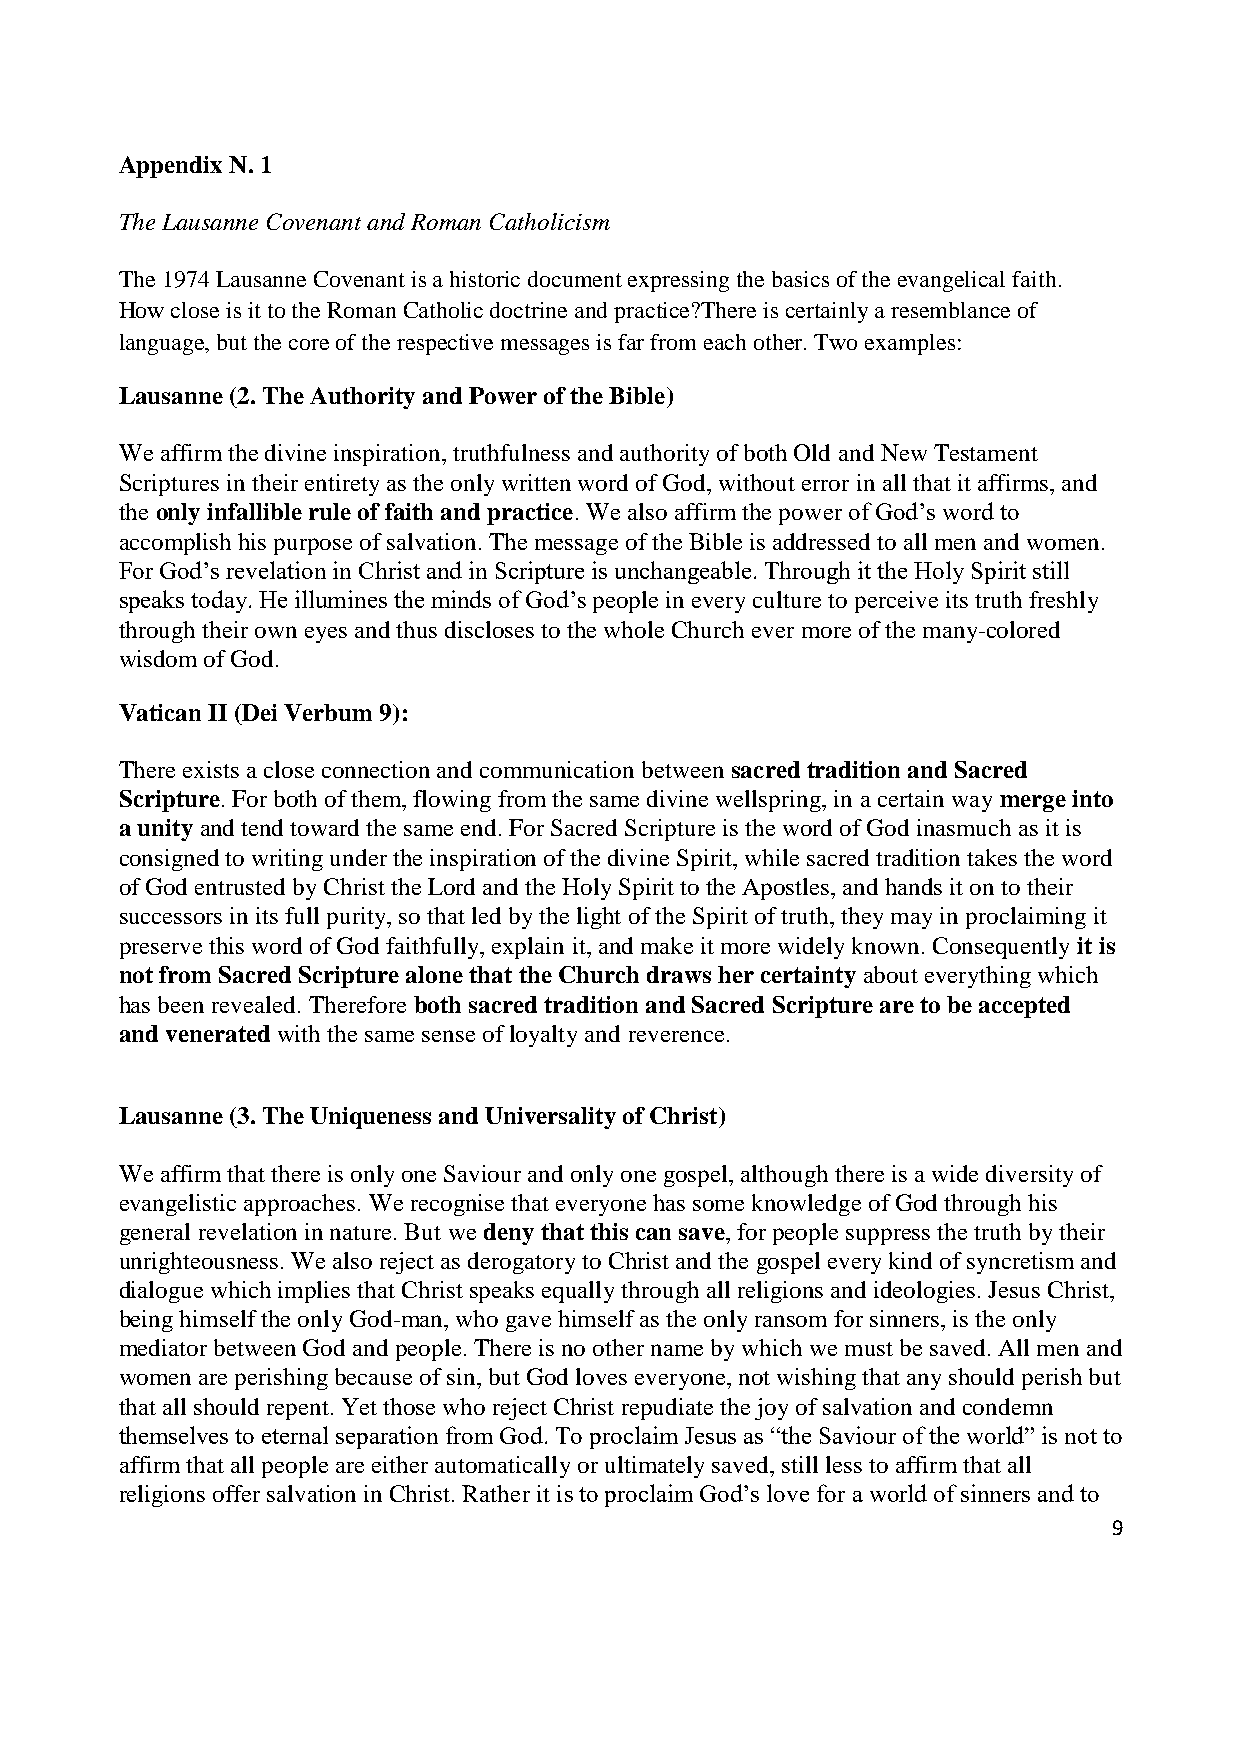
Appendix N. 1
 The Lausanne Covenant and Roman Catholicism
 The 1974 Lausanne Covenant is a historic document expressing the basics of the evangelical faith.
 How close is it to the Roman Catholic doctrine and practice?There is certainly a resemblance of
 language, but the core of the respective messages is far from each other. Two examples:
 Lausanne (2. The Authority and Power of the Bible)
 We affirm the divine inspiration, truthfulness and authority of both Old and New Testament
 Scriptures in their entirety as the only written word of God, without error in all that it affirms, and
 the only infallible rule of faith and practice. We also affirm the power of God’s word to
 accomplish his purpose of salvation. The message of the Bible is addressed to all men and women.
 For God’s revelation in Christ and in Scripture is unchangeable. Through it the Holy Spirit still
 speaks today. He illumines the minds of God’s people in every culture to perceive its truth freshly
 through their own eyes and thus discloses to the whole Church ever more of the many-colored
 wisdom of God.
 Vatican II (Dei Verbum 9):
 There exists a close connection and communication between sacred tradition and Sacred
 Scripture. For both of them, flowing from the same divine wellspring, in a certain way merge into
 a unity and tend toward the same end. For Sacred Scripture is the word of God inasmuch as it is
 consigned to writing under the inspiration of the divine Spirit, while sacred tradition takes the word
 of God entrusted by Christ the Lord and the Holy Spirit to the Apostles, and hands it on to their
 successors in its full purity, so that led by the light of the Spirit of truth, they may in proclaiming it
 preserve this word of God faithfully, explain it, and make it more widely known. Consequently it is
 not from Sacred Scripture alone that the Church draws her certainty about everything which
 has been revealed. Therefore both sacred tradition and Sacred Scripture are to be accepted
 and venerated with the same sense of loyalty and reverence.
 Lausanne (3. The Uniqueness and Universality of Christ)
 We affirm that there is only one Saviour and only one gospel, although there is a wide diversity of
 evangelistic approaches. We recognise that everyone has some knowledge of God through his
 general revelation in nature. But we deny that this can save, for people suppress the truth by their
 unrighteousness. We also reject as derogatory to Christ and the gospel every kind of syncretism and
 dialogue which implies that Christ speaks equally through all religions and ideologies. Jesus Christ,
 being himself the only God-man, who gave himself as the only ransom for sinners, is the only
 mediator between God and people. There is no other name by which we must be saved. All men and
 women are perishing because of sin, but God loves everyone, not wishing that any should perish but
 that all should repent. Yet those who reject Christ repudiate the joy of salvation and condemn
 themselves to eternal separation from God. To proclaim Jesus as “the Saviour of the world” is not to
 affirm that all people are either automatically or ultimately saved, still less to affirm that all
 religions offer salvation in Christ. Rather it is to proclaim God’s love for a world of sinners and to
 9